Report of an investigation into the causes of the diseases known in Assam as Kála-Azár and Beri-Beri
Disease focus: Beri-Beri
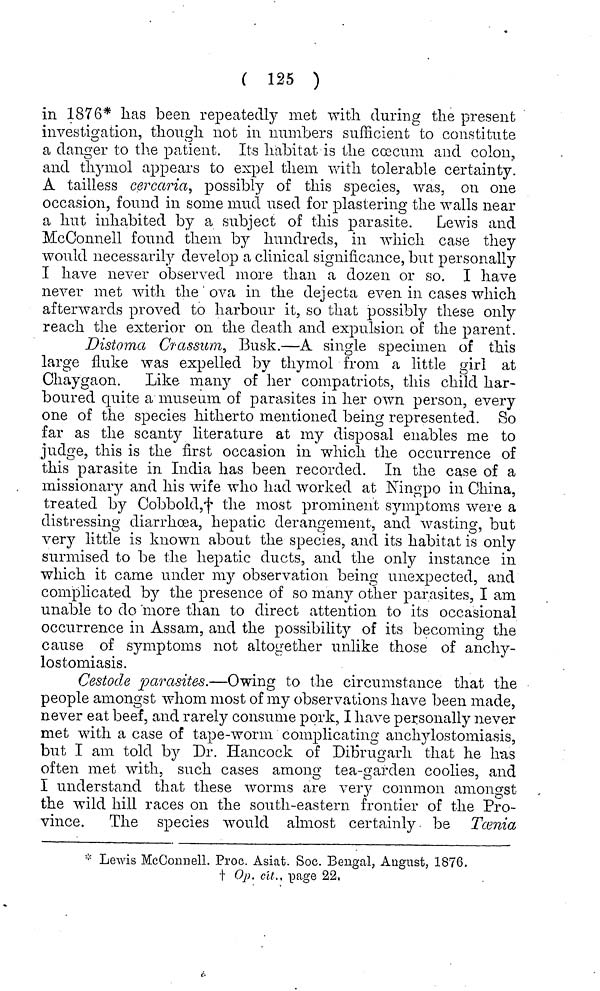
( 125 )
in 1876* lias been repeatedly met with during the present
investigation, though not in numbers sufficient to constitute
a danger to the patient. Its habitat is the ccecum and colon,
and thymol appears to expel them with tolerable certainty.
A tailless cercaria, possibly of this species, was, on one
occasion, found in some mud used for plastering the walls near
a hut inhabited by a subject of this parasite. Lewis and
McOonnell found them by hundreds, in. which case they
would necessarily develop a clinical significance, but personally
I have never observed more than a dozen or so. I have
never met with the ova in the dejecta even in cases which
afterwards proved to harbour it, so that possibly these only
reach the exterior on the death and expulsion of the parent.
Distoma Crassum, Busk.—A single specimen of this
large fluke was expelled by thymol from a little girl at
Ohaygaon. Like many of her compatriots, this child har-
boured quite a museum of parasites in her own person, every
one of the species hitherto mentioned being represented. So
far as the scanty literature at my disposal enables me to
judge, this is the first occasion in which the occurrence of
this parasite in India has been recorded. In the case of a
missionary and his wife who had worked at Ningpo in China,
treated by Oobbold,f the most prominent symptoms were a
distressing diarrhoea, hepatic derangement, and wasting, but
very little is known about the species, and its habitat is only
surmised to be the hepatic ducts, and the only instance in
which it came under my observation being unexpected, and
complicated by the presence of so many other parasites, I am
unable to do more than to direct attention to its occasional
occurrence in Assam, and the possibility of its becoming the
cause of symptoms not altogether unlike those of anchy-
lostomiasis.
Cestode parasites.—Owing to the circumstance that the
people amongst whom most of my observations have been made,
never eat beef, and rarely consume pork, I have personally never
met with a case of tape-worm complicating anchylostomiasis,
but I am told by Dr. Hancock of Dibrugarh that he has
often met with, such cases among tea-garden coolies, and
I understand that these worms are very common amongst
the wild hill races on the south-eastern frontier of the Pro-
vince. The species would almost certainly be Tcenia
* Lewis McGonnell. Proc. Asiat. Soc. Bengal, August, 1876.
•j- Op. cit., page 22,